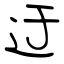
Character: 迂